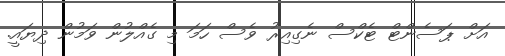
އަށް ޕަސެންޓް ޓެކްސް ނެގިއިރު ވެސް ހަމަ މި ގެއްލުން ވަމުން ދިޔައީ.